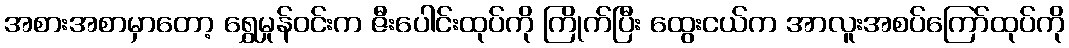
အစားအစာမှာတော့ ရွှေမှုန်ဝင်းက ဇီးပေါင်းထုပ်ကို ကြိုက်ပြီး ထွေးငယ်က အာလူးအစပ်ကြော်ထုပ်ကို